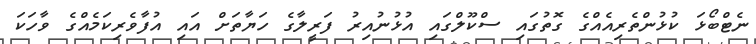
ނެޓްބޯޅަ ކުޅުންތެރިއެއްގެ ގޮތުގައި ސްކޫލްގައި އުޅުނުއިރު ފަރީލާގެ ހަޔާތަށް އައި އުފާވެރިކަމެއްގެ ވާހަކަ